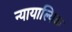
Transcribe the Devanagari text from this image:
न्यायाल्यिक